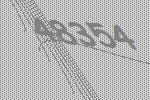
48354